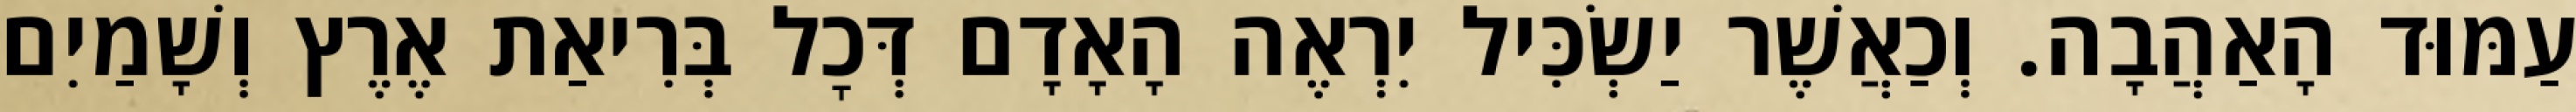
עַמּוּד הָאַהֲבָה. וְכַאֲשֶׁר יַשְׂכִּיל יִרְאֶה הָאָדָם דְּכׇל בְּרִיאַת אֶרֶץ וְשָׁמַיִם